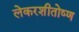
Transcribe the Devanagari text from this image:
लेकरशीतोष्ण